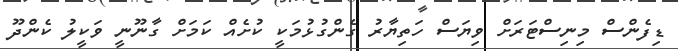
ޑިފެންސް މިނިސްޓަރަށް ވިޔަސް ހަތިޔާރު ގެންގުޅުމަކީ ކުށެއް ކަމަށް ގާނޫނީ ވަކީލު ކެންދޫ